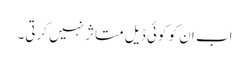
اب ان کو کوئی ڈیل متاثر نہیں کرتی۔